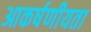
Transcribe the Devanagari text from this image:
आकर्षणीयता